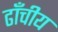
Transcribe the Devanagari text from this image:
ढाँचीय